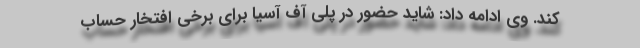
کند. وی ادامه داد: شاید حضور در پلی آف آسیا برای برخی افتخار حساب